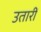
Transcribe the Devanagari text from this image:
उतारीं